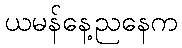
ယမန်နေ့ညနေက